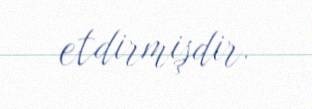
etdirmişdir.